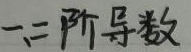
一、二阶导数